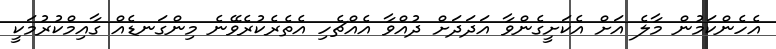
އެހެންކަމުން މާލެ އަށް އެކަށީގެންވާ އަދަދަށް ދުއްވާ އެއްޗެހި އެތެރެކުރެވޭނެ މިންގަނޑެއް ގާއިމްކުރުމަކީ